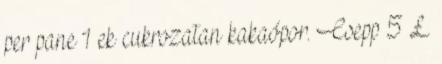
per pane 1 ek cukrozatan kakaópor. Csepp 5 £